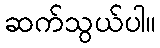
ဆက်သွယ်ပါ။